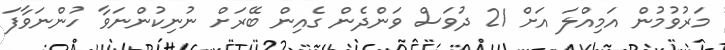
މަރުވުމުން އަމިއްލަ އަށް 21 ދުވަސް ވަންދެން ގެއިން ބޭރަށް ނުނިކުންނަވާ ހުންނަވާފަ